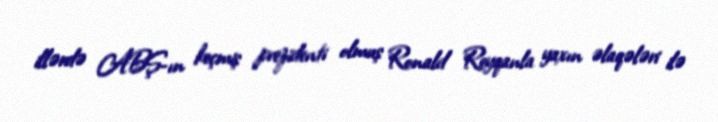
illərdə ABŞ-ın keçmiş prezidenti olmuş Ronald Reyqanla yaxın əlaqələri ilə